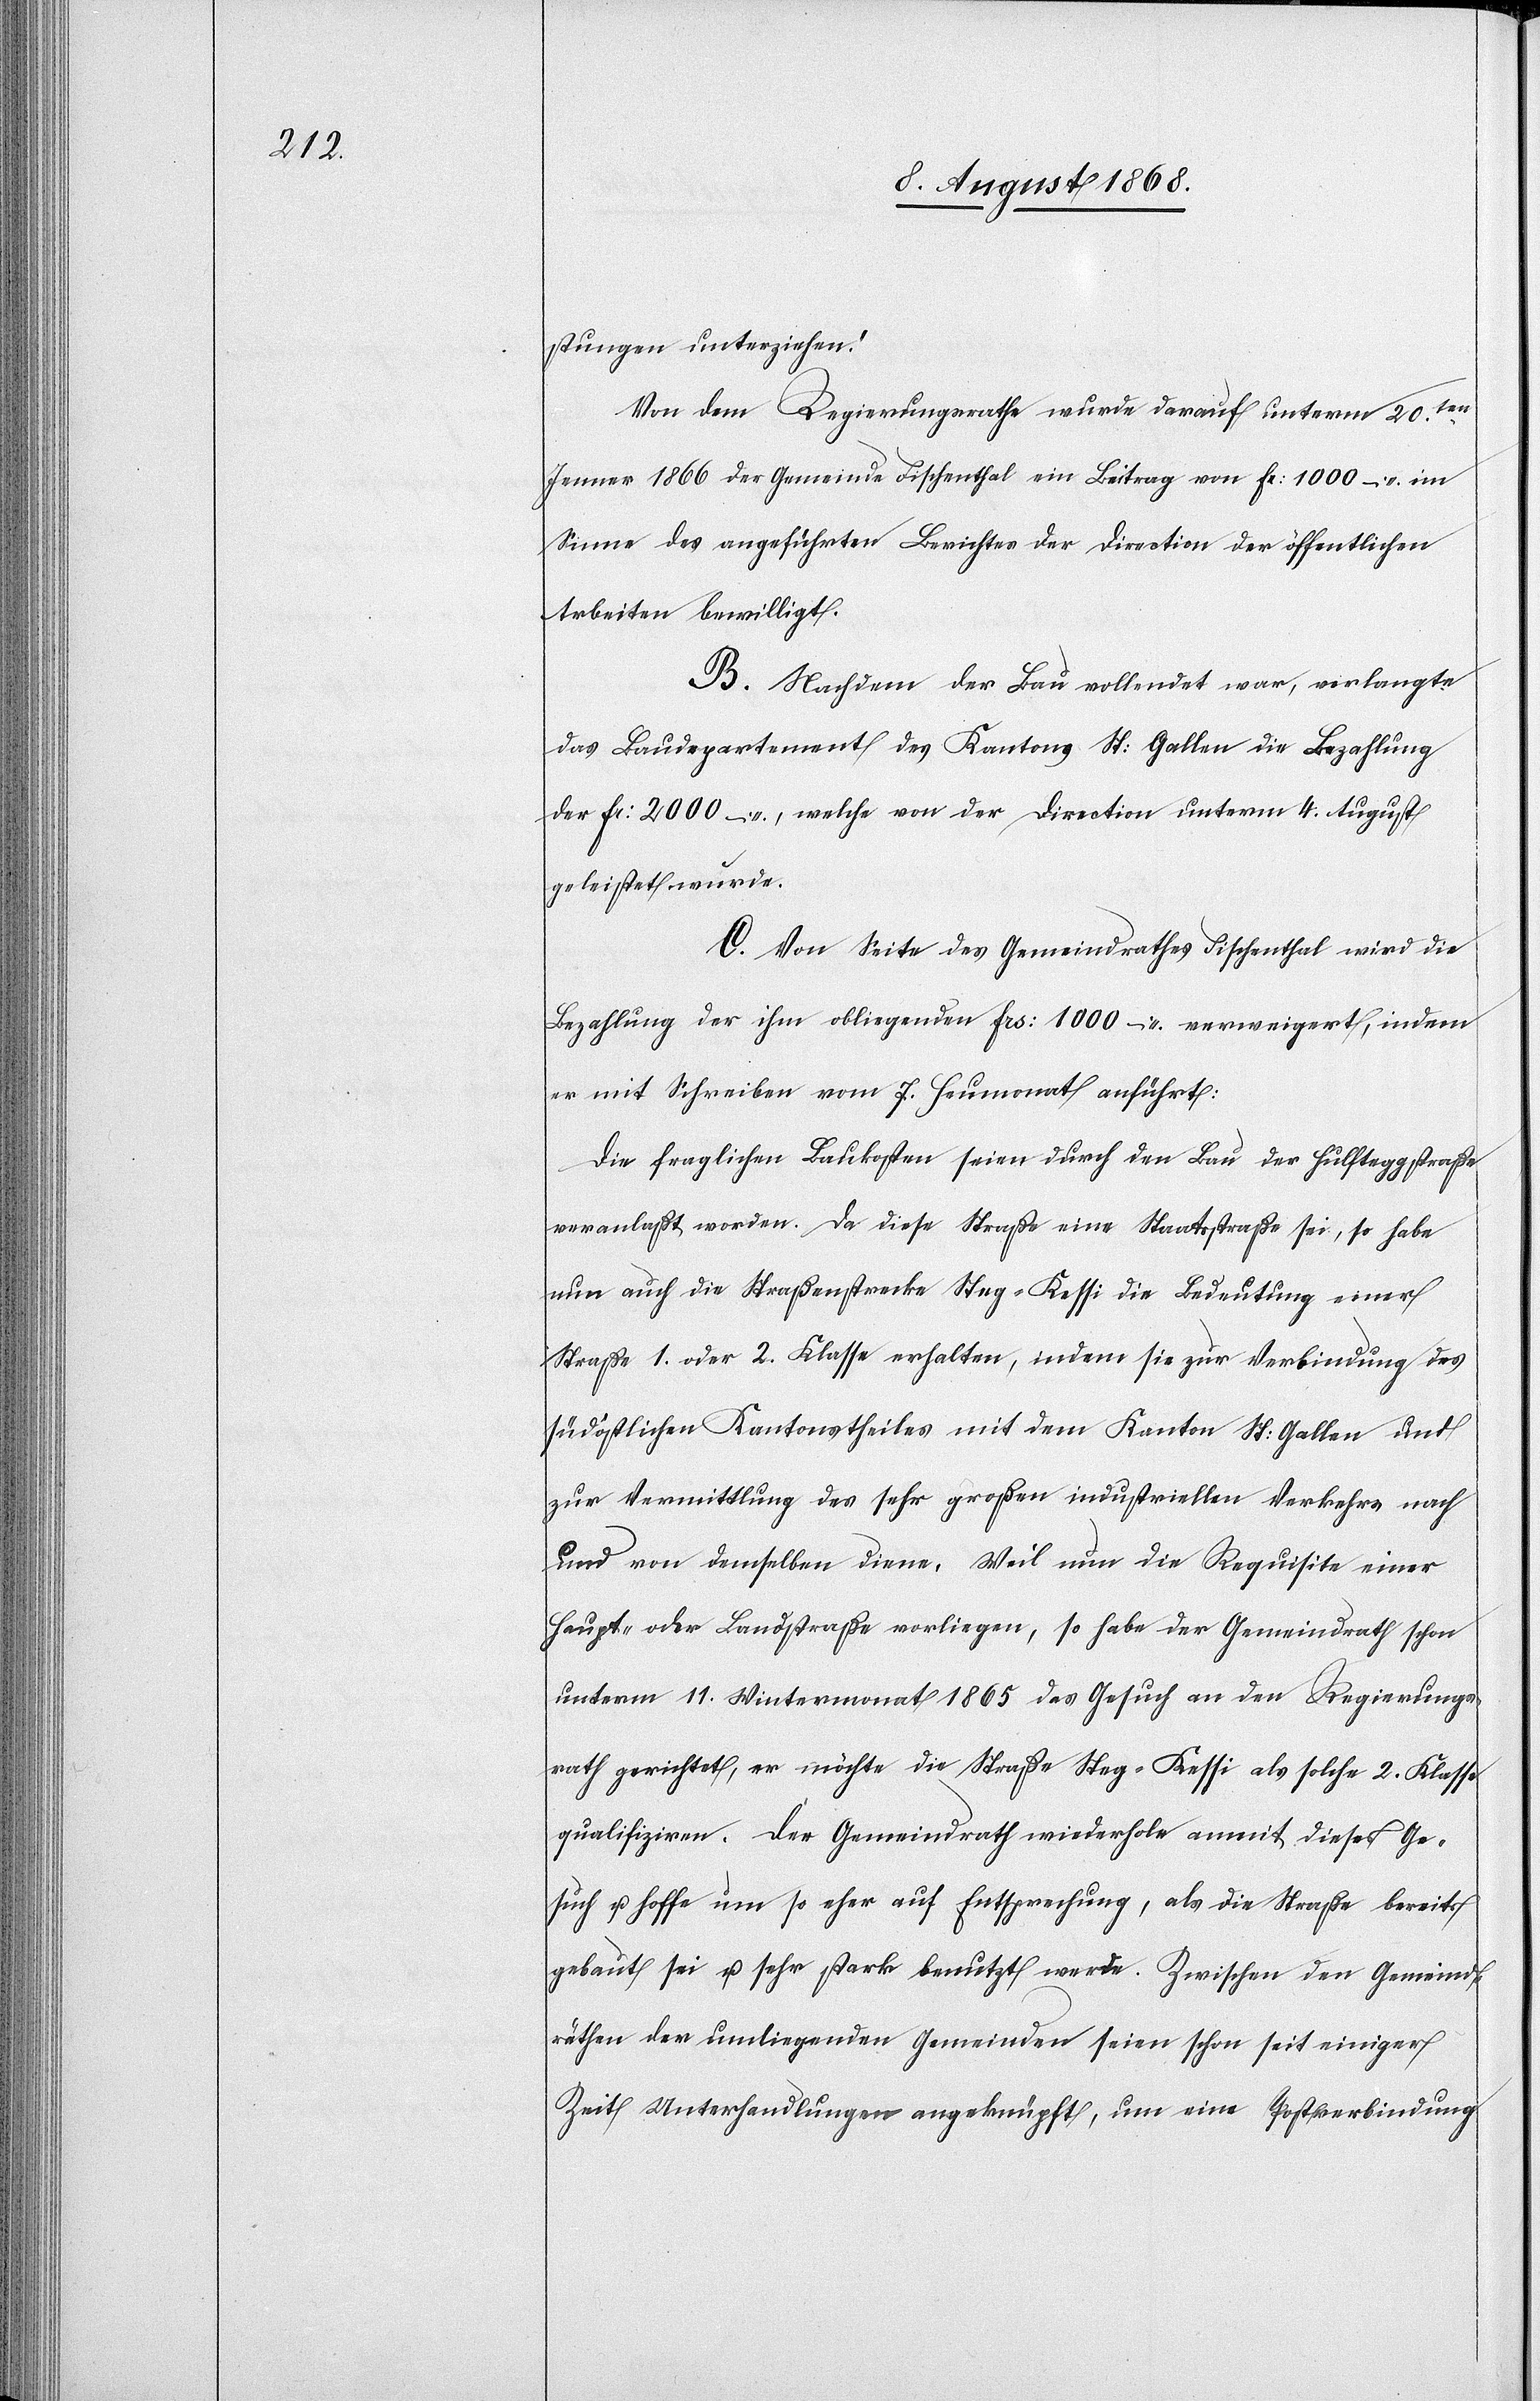
stungen unterziehen.“
Von dem Regierungsrathe wurde darauf unterm 20ten.
Jenner 1866 der Gemeinde Fischenthal ein Beitrag von Fr: 1000 – im
Sinne des angeführten Berichtes der Direction der öffentlichen
Arbeiten bewilligt.
B. Nachdem der Bau vollendet war, verlangte
das Baudepartement des Kantons St: Gallen die Bezahlung
der Fr: 2000 –, welche von der Direction unterm 4. August
geleistet wurde.
C. Von Seite des Gemeindrathes Fischenthal wird die
Bezahlung der ihm obliegenden Frs: 1000 – verweigert, indem
er mit Schreiben vom 7. Heumonat anführt:
Die fraglichen Baukosten seien durch den Bau der Hulfteggstraße
veranlaßt worden. Da diese Straße eine Staatsstraße sei, so habe
nun auch die Straßenstrecke Steg–Kessi die Bedeutung einer
Straße 1. oder 2. Klasse erhalten, indem sie zur Verbindung des
südöstlichen Kantonstheiles mit dem Kanton St: Gallen und
zur Vermittlung des sehr großen industriellen Verkehrs nach
und von demselben diene. Weil nun die Requisite einer
Haupt- oder Landstraße vorliegen, so habe der Gemeindrath schon
unterm 11. Wintermonat 1865 das Gesuch an den Regierungs¬
rath gerichtet, er möchte die Straße Steg–Kessi als solche 2. Klasse
qualifiziren. Der Gemeindrath wiederhole anmit dieses Ge¬
such u. hoffe um so eher auf Entsprechung, als die Straße bereits
gebaut sei u. sehr stark benutzt werde. Zwischen den Gemeind¬
räthen der umliegenden Gemeinden seien schon seit einiger
Zeit Unterhandlungen angeknüpft, um eine Postverbindung